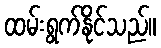
ထမ်းရွက်နိုင်သည်။